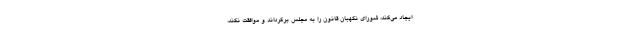
ایجاد می‌کند، شورای نگهبان قانون را به مجلس برگرداند و موافقت نکند،